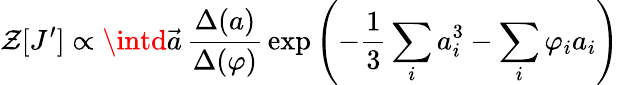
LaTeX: \mathcal{Z}[J^{\prime}]\propto\intd\vec{{a}}\, \frac{{\Delta(a)}}{{\Delta{(\varphi)}}}\, \exp\left(-\frac{{1}}{{3}}\sum_{i}a_{i}^{3}-\sum_{i}\varphi_{i}a_{i}\right)